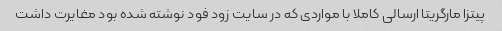
پیتزا مارگریتا ارسالی کاملا با مواردی که در سایت زود فود نوشته شده بود مغایرت داشت